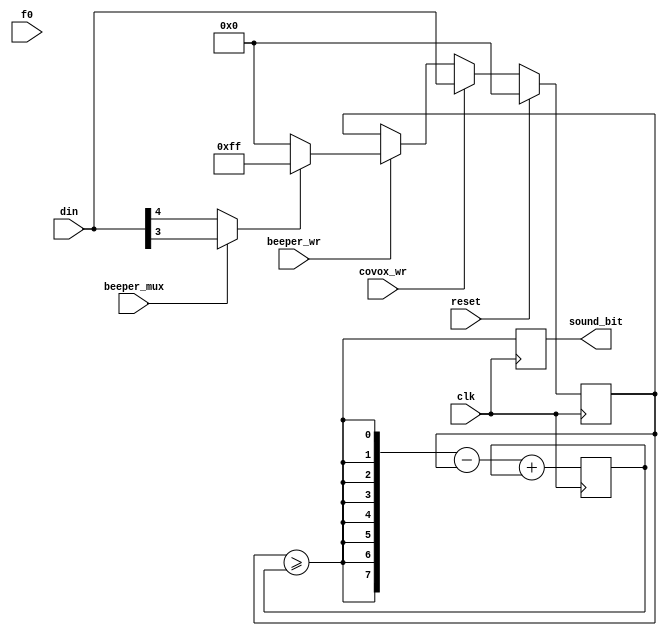

// Pentevo project (c) NedoPC 2011
// integrates sound features: tapeout, beeper and covox

// `include       "../include/tune.v"
// `define SDM		// uncommented - sigma-delta, commented - PWM
// `define SDM


module sound(
	input  wire	clk, f0, reset,
	input  wire [7:0] din,
	input  wire	beeper_wr,
	input  wire	covox_wr,
	input  wire	beeper_mux, // output either tape_out or beeper
	output wire	sound_bit	
);
   reg	sound_bit_SD;
	reg	sound_bit_PWM;
	reg [7:0] val;
//================BEGIN===========================================	
	assign sound_bit = sound_bit_SD;		
	// port writes
	always @(posedge clk)
	   if (reset)
			  val <= 8'h00;
		else if(covox_wr)
				val <= din;
		else if (beeper_wr)
				val <= (beeper_mux ? din[3] : din[4]) ? 8'hFF : 8'h00;
//`ifdef SDM
// SD modulator ================ sigma-delta SD ===================================
	reg [7:0] ctr_SD;	
	wire gte = val >= ctr_SD;
	always @(posedge clk)
	begin
		sound_bit_SD <= gte;
		ctr_SD <= {8{gte}} - val + ctr_SD;
	end
//`else
// PWM generator ============================ PWM =================================
	reg [8:0] ctr_PWM;	
	wire phase = ctr_PWM[8];
	wire [7:0] saw = ctr_PWM[7:0];	
	always @(posedge clk)		// 28 MHz strobes, Fpwm = 54.7 kHz (two semi-periods)
	begin
		sound_bit_PWM <= ((phase ? saw : ~saw) < val);
		ctr_PWM <= ctr_PWM + 9'b1;
	end		
//`endif ===========================================================================
		
endmodule